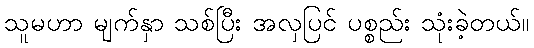
သူမဟာ မျက်နှာ သစ်ပြီး အလှပြင် ပစ္စည်း သုံးခဲ့တယ်။